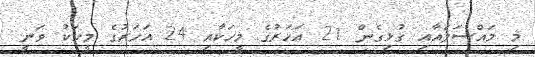
މި މައްސަލައާއި ގުޅިގެން 21 އަހަރުގެ މީހަކާއި 24 އަހަރުގެ މީހަކު ވަނީ